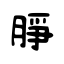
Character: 㬹